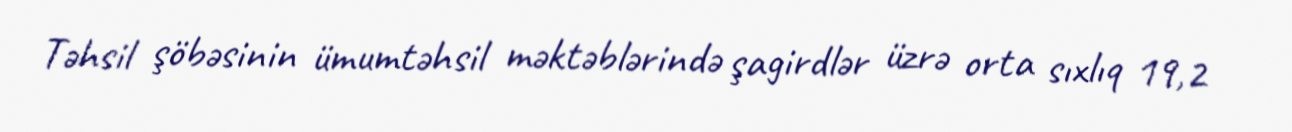
Təhsil şöbəsinin ümumtəhsil məktəblərində şagirdlər üzrə orta sıxlıq 19,2